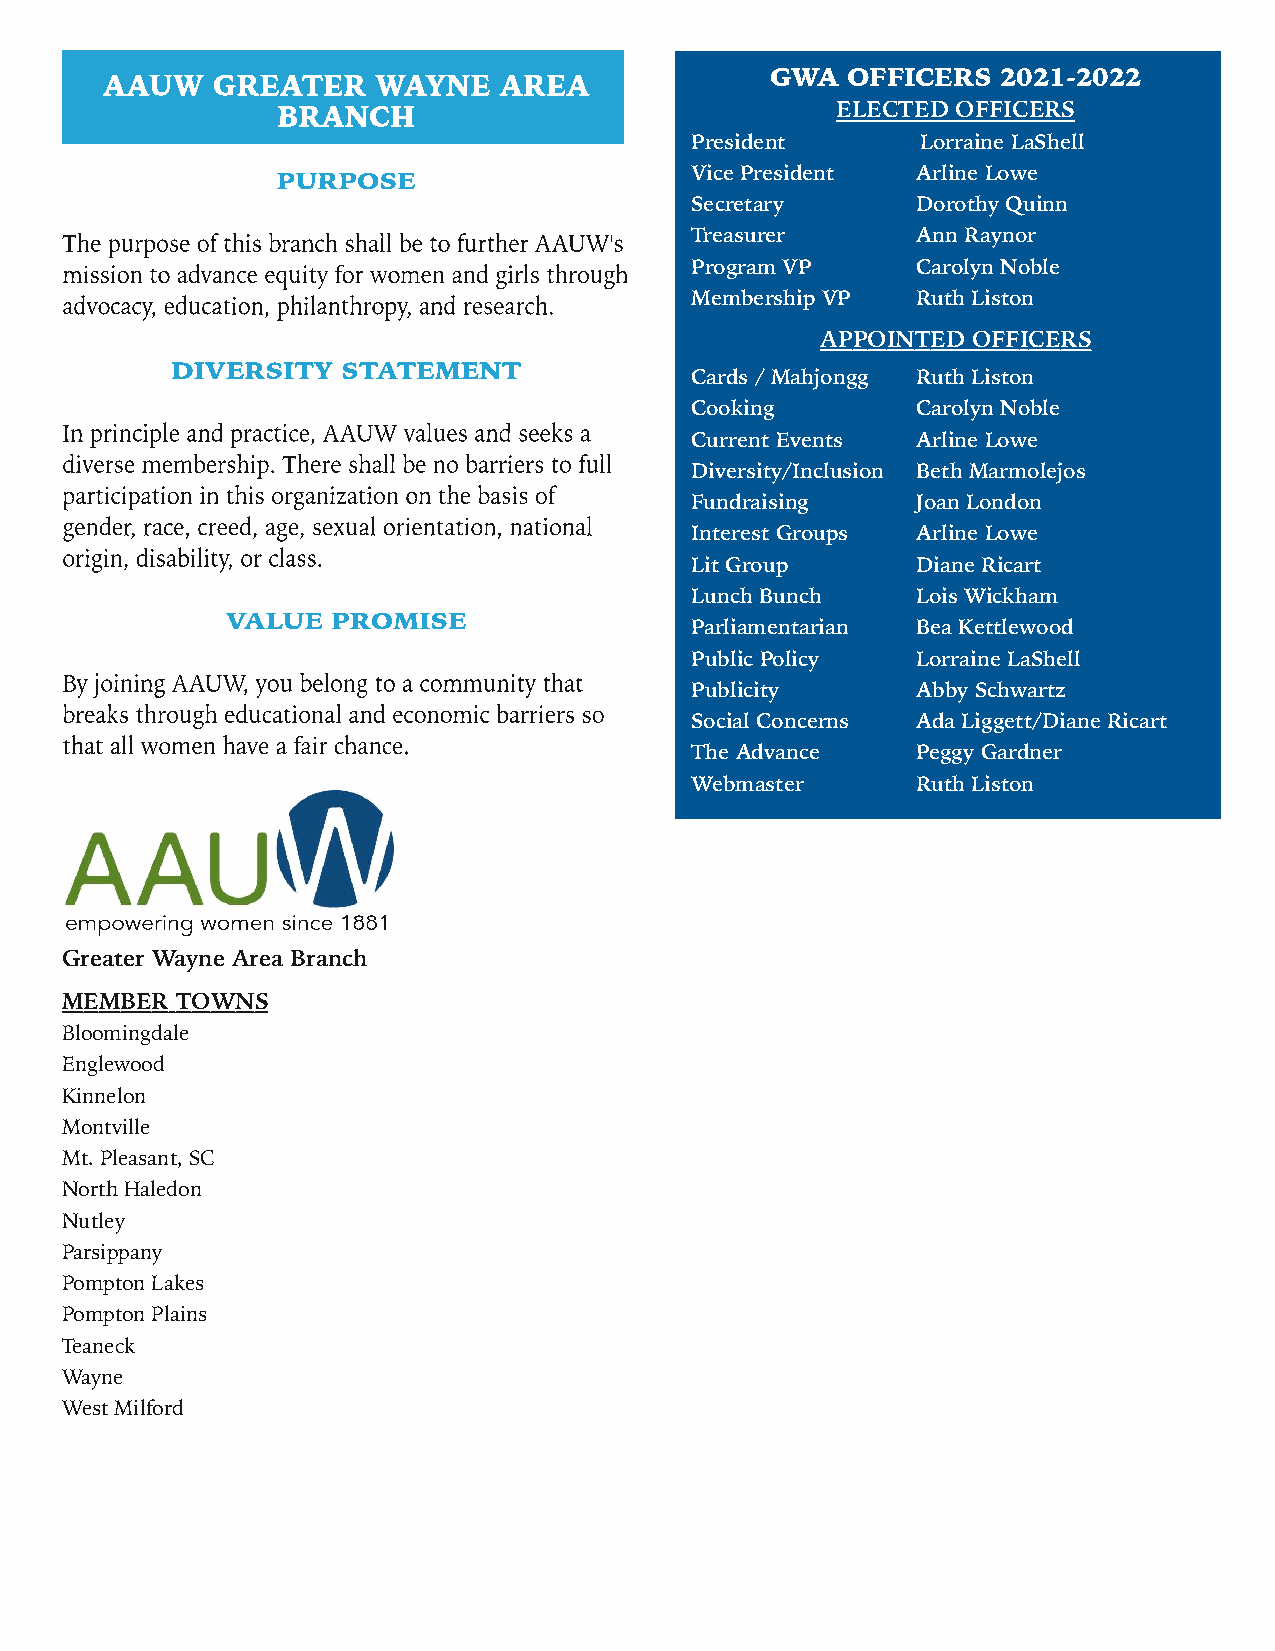
GWA  OFFICERS  2021-2022
 ELECTED OFFICERS
 President      Lorraine LaShell
 Vice President Arline Lowe
 Secretary      Dorothy Quinn
 Treasurer      Ann Raynor
 Program VP     Carolyn Noble
 Membership VP  Ruth Liston
 APPOINTED OFFICERS
 Cards / Mahjongg Ruth Liston
 Cooking        Carolyn Noble
 Current Events Arline Lowe
 Diversity/Inclusion Beth Marmolejos
 Fundraising    Joan London
 Interest Groups Arline Lowe
 Lit Group      Diane Ricart
 Lunch Bunch    Lois Wickham
 Parliamentarian Bea Kettlewood
 Public Policy  Lorraine LaShell
 Publicity      Abby Schwartz
 Social Concerns Ada Liggett/Diane Ricart
 The Advance    Peggy Gardner
 Webmaster      Ruth Liston
 Greater Wayne Area Branch
 MEMBER  TOWNS
 Bloomingdale
 Englewood
 Kinnelon
 Montville
 Mt. Pleasant, SC
 North Haledon
 Nutley
 Parsippany
 Pompton Lakes
 Pompton Plains
 Teaneck
 Wayne
 West Milford